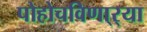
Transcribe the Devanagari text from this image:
पोहोचविणा्र्‍या